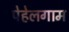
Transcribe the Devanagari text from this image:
पेहेलगाम